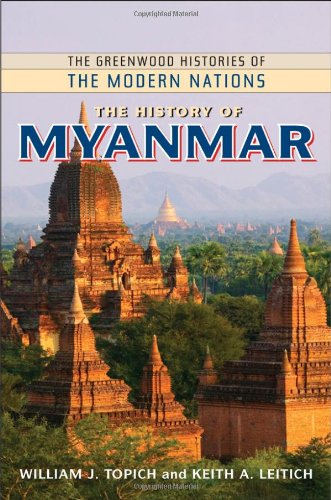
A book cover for The History of Myanmar (The Greenwood Histories of the Modern Nations); William J. Topich; History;